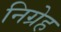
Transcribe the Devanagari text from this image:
निग्रेह